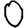
Digit: 0